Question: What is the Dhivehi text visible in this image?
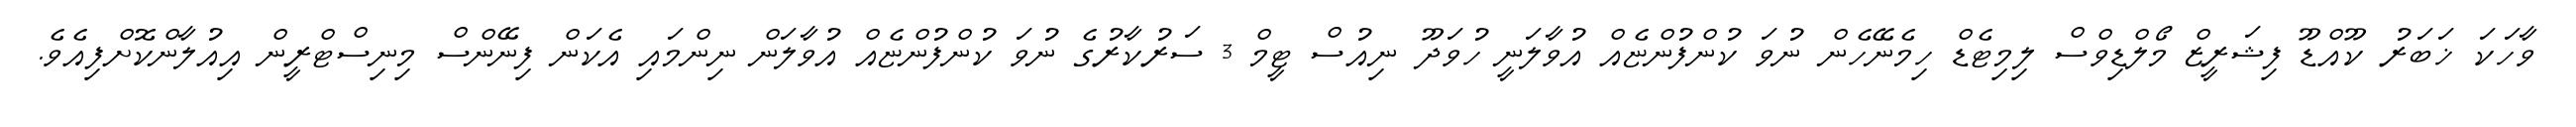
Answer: ވާހަކަ ޚަބަރު ކޫއްޑޫ ފިޝަރީޒް މޯލްޑިވްސް ލިމިޓެޑް ހިމެނޭހެން ނުވަ ކުންފުންޏެއް އުވާލަނީ ހުވަދޫ ނިއުސް ޓީމް 3 ސަރުކާރުގެ ނުވަ ކުންފުންޏެއް އުވާލަން ނިންމައި އެކަން ފިނޭންސް މިނިސްޓްރީން އިއުލާންކޮށްފިއެވެ.